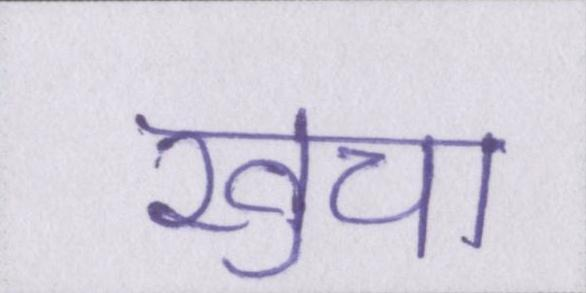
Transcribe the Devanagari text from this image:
खुचा